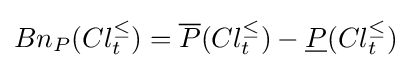
Bn_{P}(Cl_{t}^{\leq })={\overline {P}}(Cl_{t}^{\leq })-{\underline {P}}(Cl_{t}^{\leq })